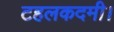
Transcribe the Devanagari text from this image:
टहलकदमी।